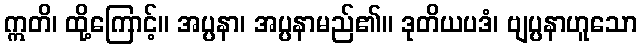
ဣတိ၊ ထို့ကြောင့်။ အပ္ပနာ၊ အပ္ပနာမည်၏။ ဒုတိယပဒံ၊ ဗျပ္ပနာဟူသော